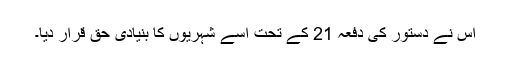
اس نے دستور کی دفعہ 21 کے تحت اسے شہریوں کا بنیادی حق قرار دیا۔